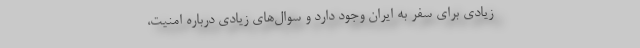
زیادی برای سفر به ایران وجود دارد و سوال‌های زیادی درباره امنیت،